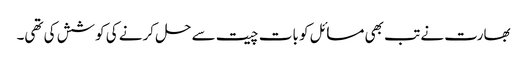
بھارت نے تب بھی مسائل کو بات چیت سے حل کرنے کی کوشش کی تھی۔